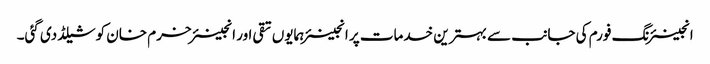
انجینئرنگ فورم کی جانب سے بہترین خدمات پر انجینئر ہمایوں تقی اور انجینئر خرم خان کو شیلڈ دی گئی۔